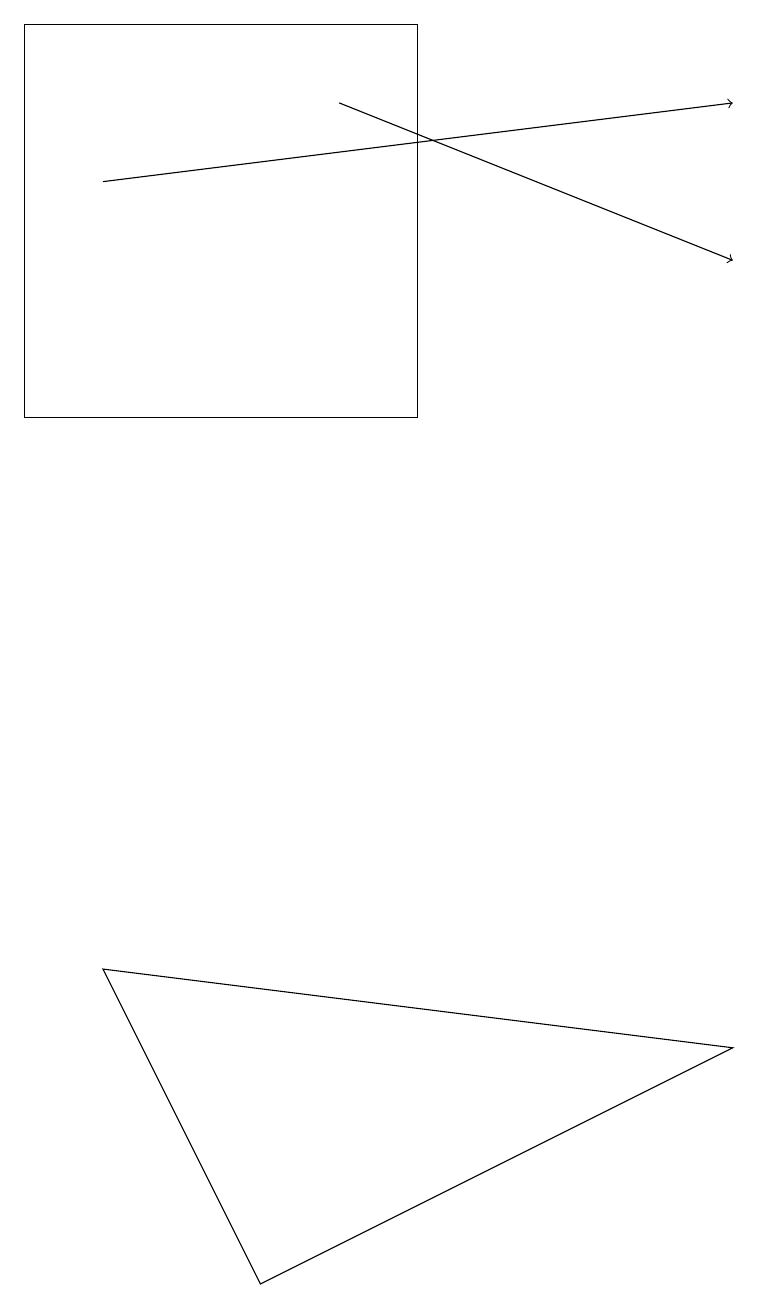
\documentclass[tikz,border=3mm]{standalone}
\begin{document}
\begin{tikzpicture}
\draw[->] (4,15) -- (9,13);
\draw (5,11) rectangle (0,16);
\draw[->] (1,14) -- (9,15);
\draw (3,0) -- (9,3) -- (1,4) -- cycle;
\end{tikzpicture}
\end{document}